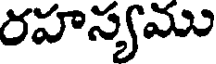
రహస్యము